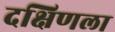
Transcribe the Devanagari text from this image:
दक्षिणला